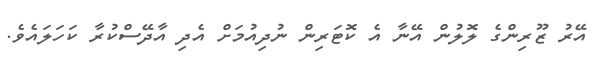
އޭރު ޒޫރިންގެ ލޮލުން އޭނާ އެ ކޮޓަރިން ނުދިއުމަށް އެދި އާދޭސްކުރާ ކަހަލައެވެ.